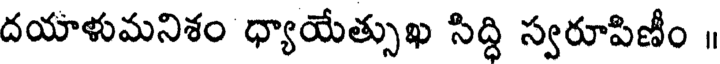
దయాళుమనిశం ధ్యాయేత్సుఖ సిద్ధి స్వరూపిణీం